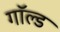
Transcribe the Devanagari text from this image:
गॉल्ड